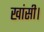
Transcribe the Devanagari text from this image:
खांसी।